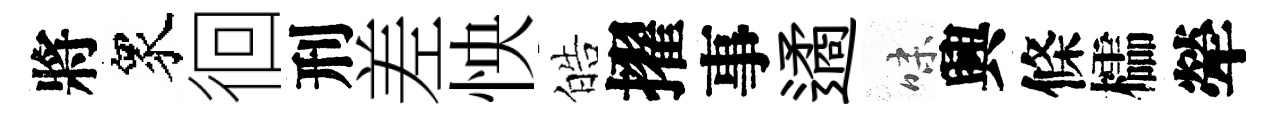
將衆徊刑差怏皓擢事遹味興條櫺犖